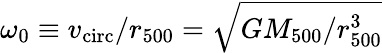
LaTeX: \omega_{0}\equiv v_{\mathrm{circ}}/r_{500}=\sqrt{GM_{500}/r_{500}^{3}}